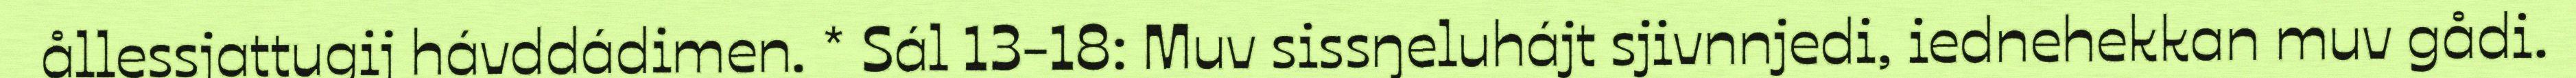
ållessjattugij hávddádimen. * Sál 13-18: Muv sissŋeluhájt sjivnnjedi, iednehekkan muv gådi.